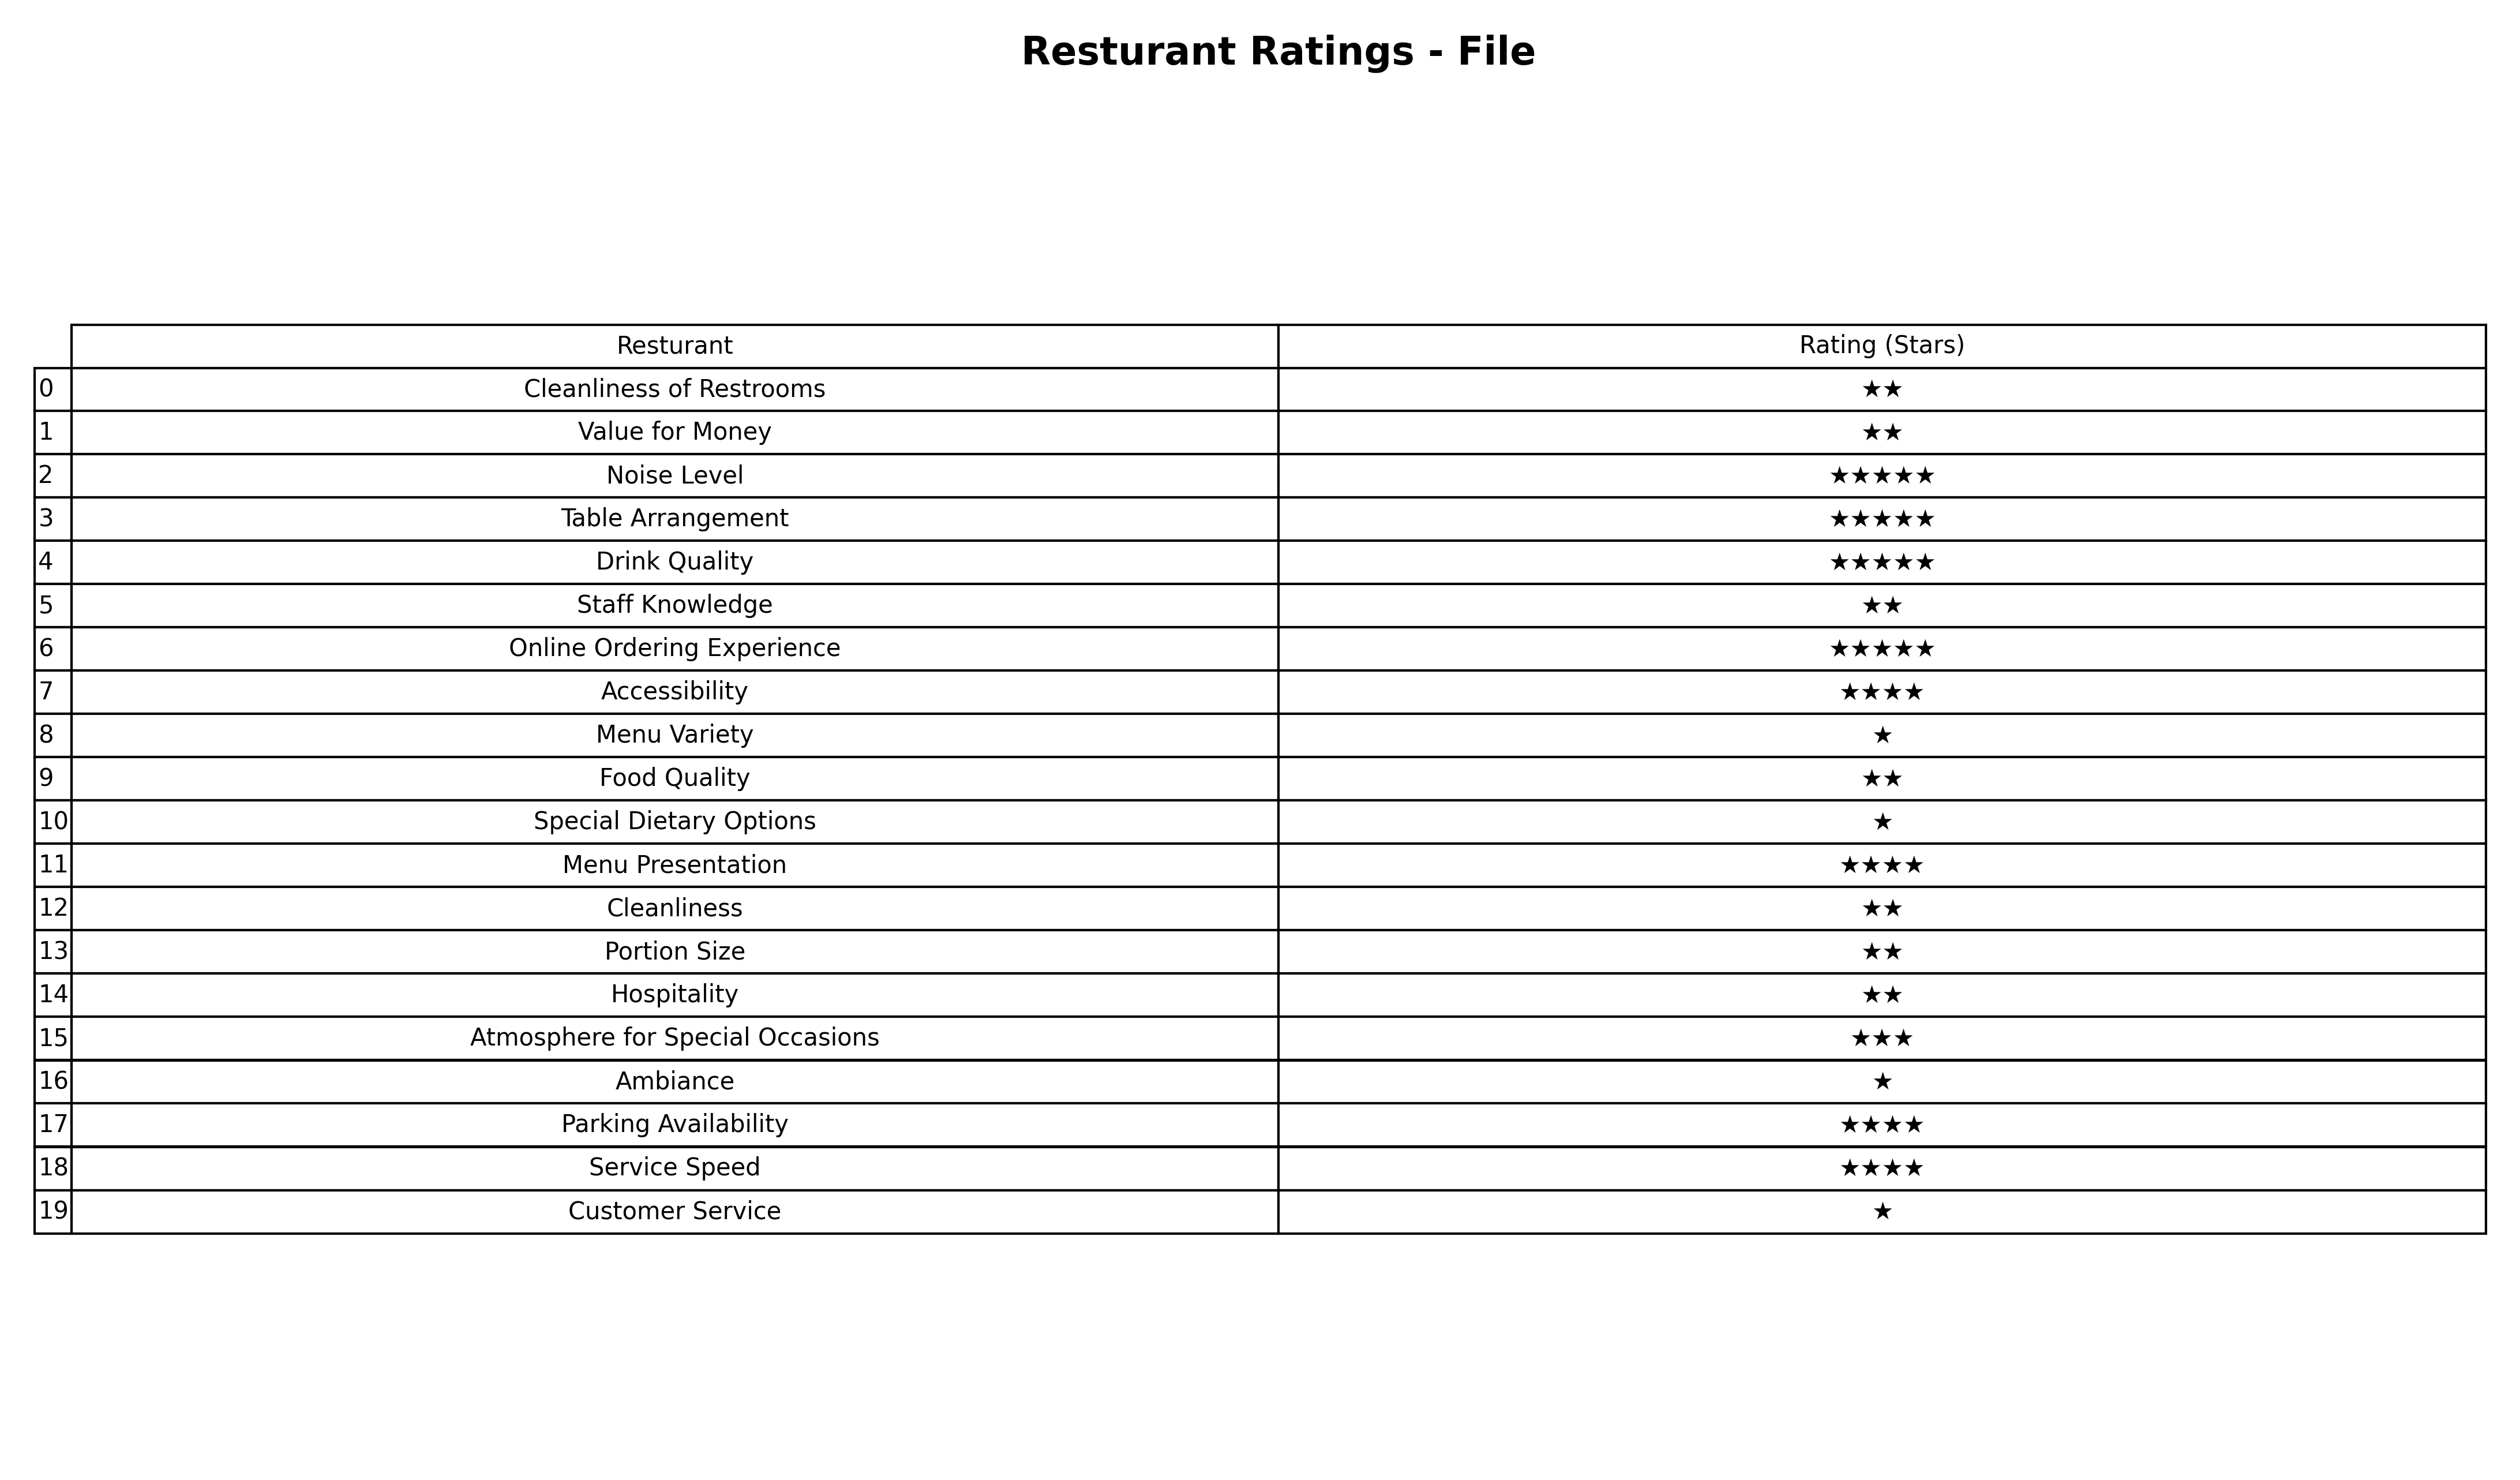
question: What is the rating of Special Dietary Options?
answer: ★